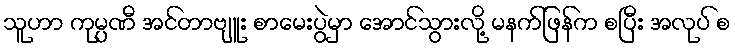
သူဟာ ကုမ္ပဏီ အင်တာဗျူး စာမေးပွဲမှာ အောင်သွားလို့ မနက်ဖြန်က စပြီး အလုပ် စ